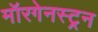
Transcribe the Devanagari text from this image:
मॉरगेनस्ट्रन